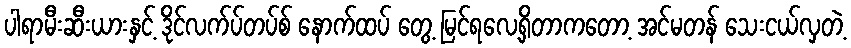
ပါရာမီးဆီးယားနှင့် ဒိုင်လက်ပ်တပ်စ် နောက်ထပ် တွေ့ မြင်ရလေ့ရှိတာကတော့ အင်မတန် သေးငယ်လှတဲ့